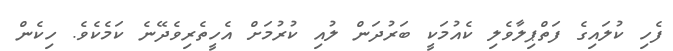
ފެހި ކުލައިގެ ފަތްޕިލާވެލި ކެއުމަކީ ބަރުދަން ލުއި ކުރުމަށް އެހީތެރިވެދޭނެ ކަމެކެވެ. ހިކެން